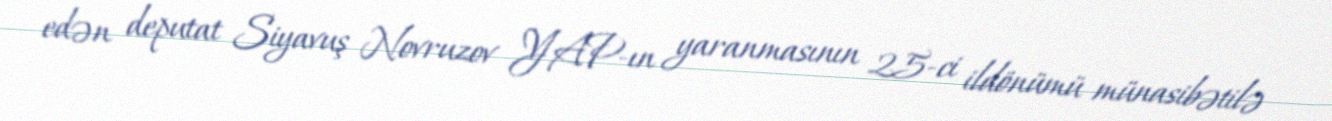
edən deputat Siyavuş Novruzov YAP-ın yaranmasının 25-ci ildönümü münasibətilə